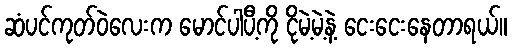
ဆံပင်ကုတ်ဝဲလေးက မောင်ပါပီ့ကို ငိုမဲ့မဲ့နဲ့ ငေးငေးနေတာရယ်။